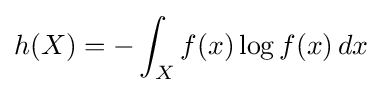
h(X)=-\int _{X}f(x)\log f(x)\,dx